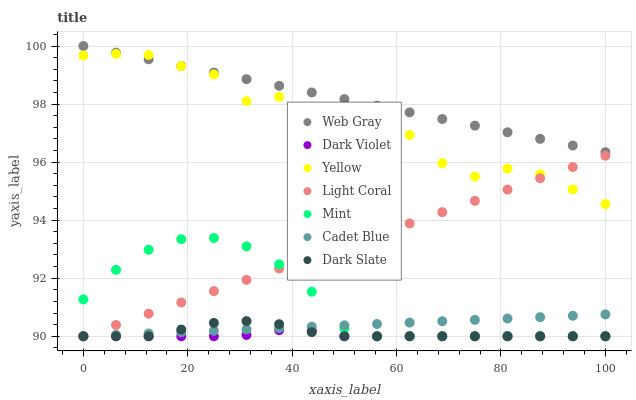
| xaxis_label | Web Gray | Dark Violet | Yellow | Light Coral | Mint | Cadet Blue | Dark Slate |
 | --- | --- | --- | --- | --- | --- | --- | --- |
 | 0 | 100 | 90 | 99.7 | 90 | 91.3 | 90 | 90 |
 | 6.25 | 99.8 | 90 | 99.7 | 90.4 | 92.3 | 90 | 90 |
 | 12.5 | 99.5 | 90 | 99.7 | 90.8 | 93 | 90.1 | 90 |
 | 18.8 | 99.3 | 90 | 99.3 | 91.2 | 93.3 | 90.1 | 90.2 |
 | 25 | 99.1 | 90 | 99 | 91.6 | 93.4 | 90.2 | 90.5 |
 | 31.2 | 98.9 | 90 | 98.1 | 91.9 | 93.1 | 90.2 | 90.5 |
 | 37.5 | 98.6 | 90.2 | 98.2 | 92.3 | 92.5 | 90.3 | 90.4 |
 | 43.8 | 98.4 | 90.2 | 97.9 | 92.7 | 91.5 | 90.3 | 90.1 |
 | 50 | 98.2 | 90 | 97.6 | 93.1 | 90.3 | 90.4 | 90 |
 | 56.2 | 97.9 | 90 | 97.2 | 93.5 | 90 | 90.4 | 90 |
 | 62.5 | 97.7 | 90 | 96.9 | 93.9 | 90 | 90.5 | 90 |
 | 68.8 | 97.5 | 90 | 96 | 94.3 | 90 | 90.5 | 90 |
 | 75 | 97.3 | 90 | 95.5 | 94.7 | 90 | 90.6 | 90 |
 | 81.2 | 97 | 90 | 95.8 | 95.1 | 90 | 90.6 | 90 |
 | 87.5 | 96.8 | 90 | 95.6 | 95.4 | 90 | 90.7 | 90 |
 | 93.8 | 96.6 | 90 | 95.1 | 95.8 | 90 | 90.7 | 90 |
 | 100 | 96.3 | 90 | 94.6 | 96.2 | 90 | 90.8 | 90 |